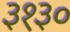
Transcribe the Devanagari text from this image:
३१३०